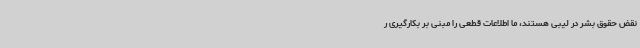
نقض حقوق بشر در لیبی هستند، ما اطلاعات قطعی را مبنی بر بکارگیری ر